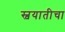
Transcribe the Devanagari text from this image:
स्वयातीचा